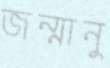
জন্মানু